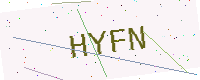
Text: HYFN